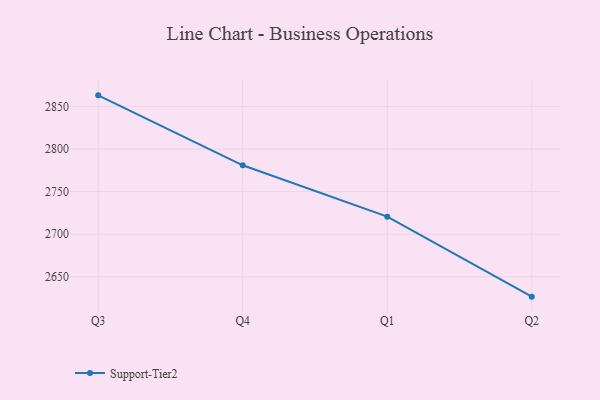
{"axis": {"x": "Quarter", "y": "Conversion Rate (%)"}, "legend": ["Support-Tier2"], "data": [{"x": "Q3", "y": 2863.0, "type": "Support-Tier2"}, {"x": "Q4", "y": 2780.9, "type": "Support-Tier2"}, {"x": "Q1", "y": 2720.6, "type": "Support-Tier2"}, {"x": "Q2", "y": 2626.7, "type": "Support-Tier2"}]}